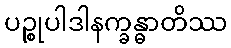
ပဉ္စုပါဒါနက္ခန္ဓာတိဿ